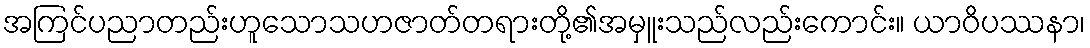
အကြင်ပညာတည်းဟူသောသဟဇာတ်တရားတို့၏အမှူးသည်လည်းကောင်း။ ယာဝိပဿနာ၊